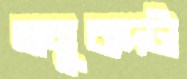
অনুবাদটা